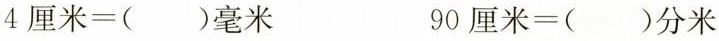
$$4 厘 米 = ( ) 毫 米$$ $$9 0 厘 米 = ( ) 分 米$$